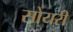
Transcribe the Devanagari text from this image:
सोयरी